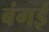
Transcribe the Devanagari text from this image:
बंगई